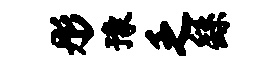
彤豫乏繇